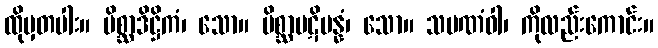
ထိုမှတပါး။ မိစ္ဆာဒိဋ္ဌိကံ၊ သော။ မိစ္ဆာပဋိပန္နံ၊ သော။ သမဏံဝါ၊ ကိုလည်းကောင်း။